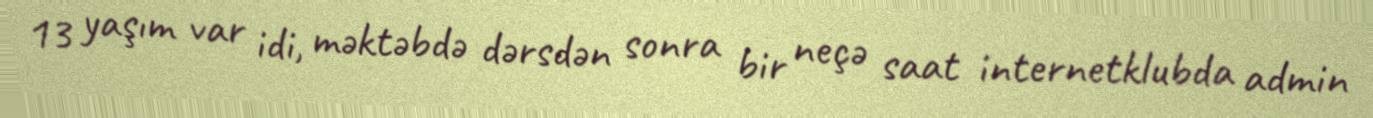
13 yaşım var idi, məktəbdə dərsdən sonra bir neçə saat internetklubda admin